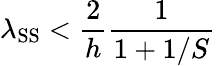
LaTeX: \lambda_{\mathrm{SS}}<\frac{2}{h}\frac{1}{1+1/S}